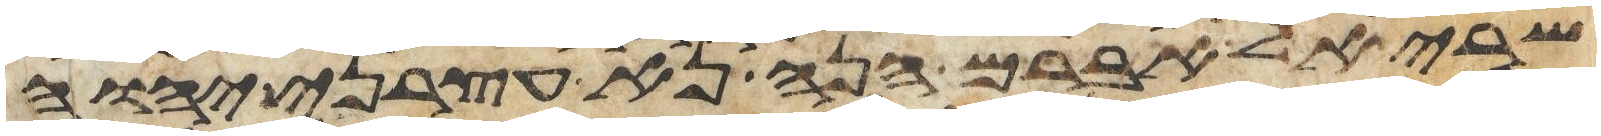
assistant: שרי אל אברם הנה נא עצרני יהוה